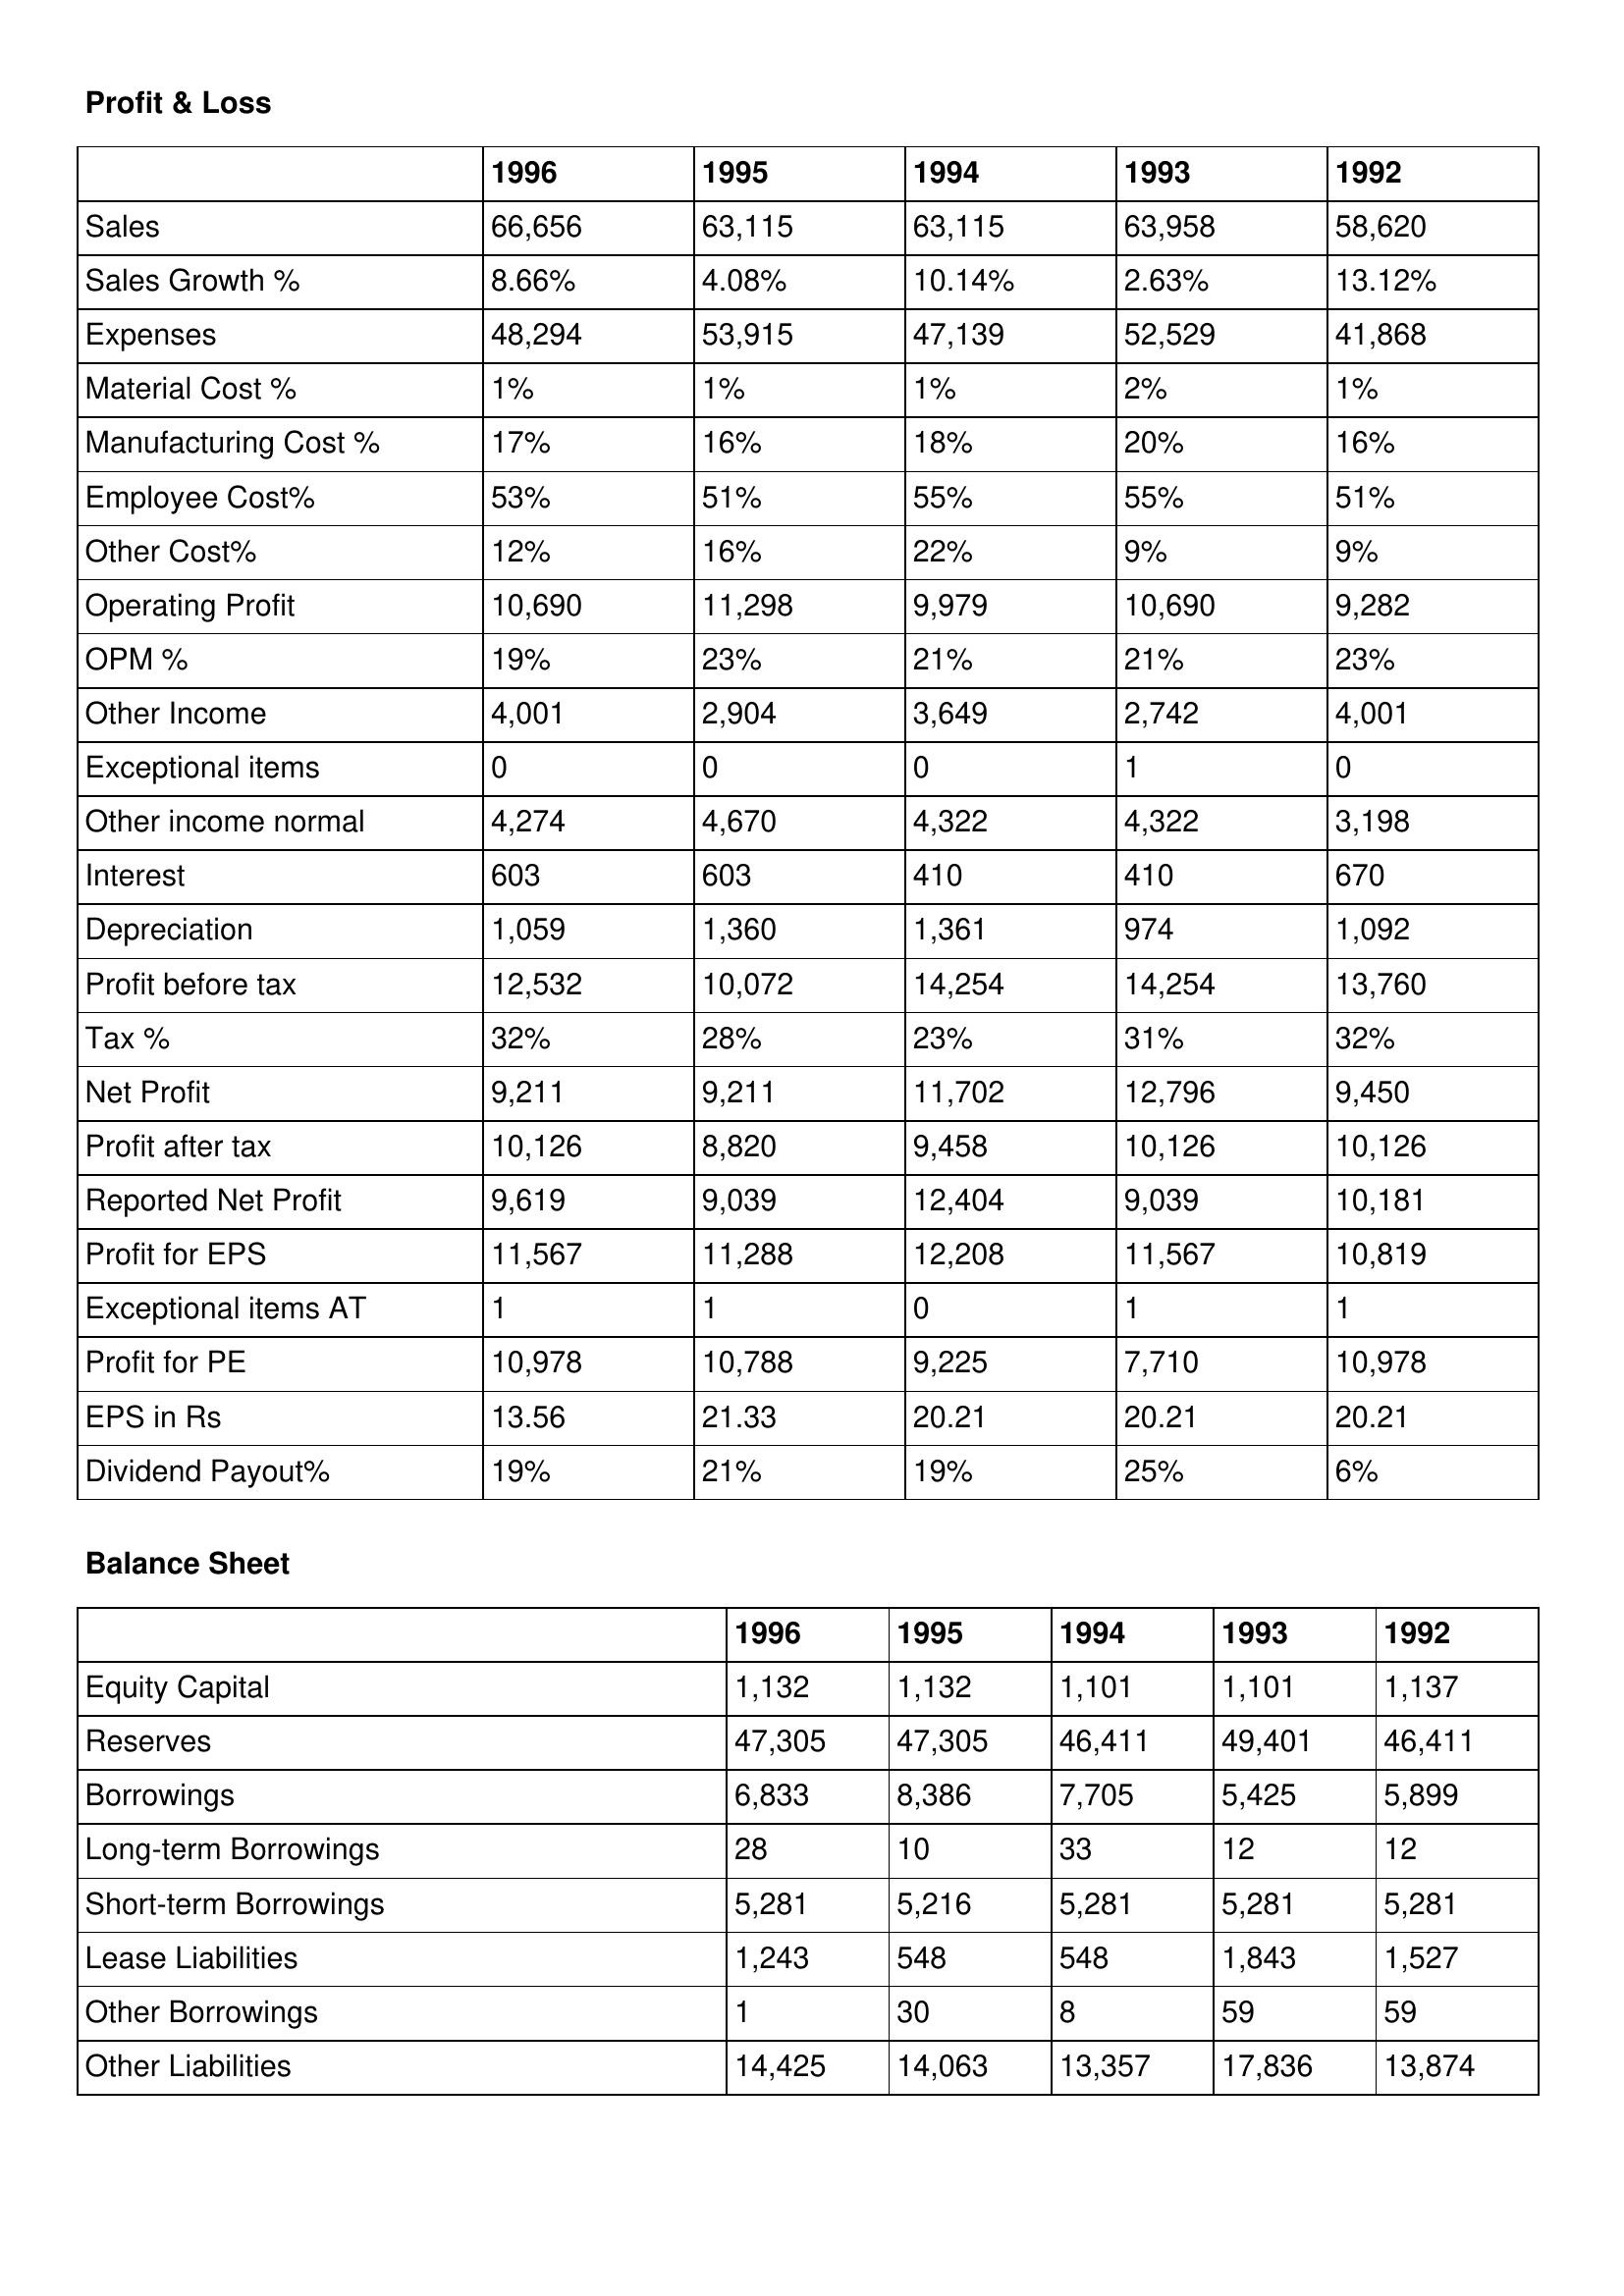
gt_parse: 1996: Profit & Loss: Sales: 66,656
Sales Growth %: 8.66%
Expenses: 48,294
Material Cost %: 1%
Manufacturing Cost %: 17%
Employee Cost%: 53%
Other Cost%: 12%
Operating Profit: 10,690
OPM %: 19%
Other Income: 4,001
Exceptional items: 0
Other income normal: 4,274
Interest: 603
Depreciation: 1,059
Profit before tax: 12,532
Tax %: 32%
Net Profit: 9,211
Profit after tax: 10,126
Reported Net Profit: 9,619
Profit for EPS: 11,567
Exceptional items AT: 1
Profit for PE: 10,978
EPS in Rs: 13.56
Dividend Payout%: 19%
Balance Sheet: Equity Capital: 1,132
Reserves: 47,305
Borrowings: 6,833
Long-term Borrowings: 28
Short-term Borrowings: 5,281
Lease Liabilities: 1,243
Other Borrowings: 1
Other Liabilities: 14,425
1995: Profit & Loss: Sales: 63,115
Sales Growth %: 4.08%
Expenses: 53,915
Material Cost %: 1%
Manufacturing Cost %: 16%
Employee Cost%: 51%
Other Cost%: 16%
Operating Profit: 11,298
OPM %: 23%
Other Income: 2,904
Exceptional items: 0
Other income normal: 4,670
Interest: 603
Depreciation: 1,360
Profit before tax: 10,072
Tax %: 28%
Net Profit: 9,211
Profit after tax: 8,820
Reported Net Profit: 9,039
Profit for EPS: 11,288
Exceptional items AT: 1
Profit for PE: 10,788
EPS in Rs: 21.33
Dividend Payout%: 21%
Balance Sheet: Equity Capital: 1,132
Reserves: 47,305
Borrowings: 8,386
Long-term Borrowings: 10
Short-term Borrowings: 5,216
Lease Liabilities: 548
Other Borrowings: 30
Other Liabilities: 14,063
1994: Profit & Loss: Sales: 63,115
Sales Growth %: 10.14%
Expenses: 47,139
Material Cost %: 1%
Manufacturing Cost %: 18%
Employee Cost%: 55%
Other Cost%: 22%
Operating Profit: 9,979
OPM %: 21%
Other Income: 3,649
Exceptional items: 0
Other income normal: 4,322
Interest: 410
Depreciation: 1,361
Profit before tax: 14,254
Tax %: 23%
Net Profit: 11,702
Profit after tax: 9,458
Reported Net Profit: 12,404
Profit for EPS: 12,208
Exceptional items AT: 0
Profit for PE: 9,225
EPS in Rs: 20.21
Dividend Payout%: 19%
Balance Sheet: Equity Capital: 1,101
Reserves: 46,411
Borrowings: 7,705
Long-term Borrowings: 33
Short-term Borrowings: 5,281
Lease Liabilities: 548
Other Borrowings: 8
Other Liabilities: 13,357
1993: Profit & Loss: Sales: 63,958
Sales Growth %: 2.63%
Expenses: 52,529
Material Cost %: 2%
Manufacturing Cost %: 20%
Employee Cost%: 55%
Other Cost%: 9%
Operating Profit: 10,690
OPM %: 21%
Other Income: 2,742
Exceptional items: 1
Other income normal: 4,322
Interest: 410
Depreciation: 974
Profit before tax: 14,254
Tax %: 31%
Net Profit: 12,796
Profit after tax: 10,126
Reported Net Profit: 9,039
Profit for EPS: 11,567
Exceptional items AT: 1
Profit for PE: 7,710
EPS in Rs: 20.21
Dividend Payout%: 25%
Balance Sheet: Equity Capital: 1,101
Reserves: 49,401
Borrowings: 5,425
Long-term Borrowings: 12
Short-term Borrowings: 5,281
Lease Liabilities: 1,843
Other Borrowings: 59
Other Liabilities: 17,836
1992: Profit & Loss: Sales: 58,620
Sales Growth %: 13.12%
Expenses: 41,868
Material Cost %: 1%
Manufacturing Cost %: 16%
Employee Cost%: 51%
Other Cost%: 9%
Operating Profit: 9,282
OPM %: 23%
Other Income: 4,001
Exceptional items: 0
Other income normal: 3,198
Interest: 670
Depreciation: 1,092
Profit before tax: 13,760
Tax %: 32%
Net Profit: 9,450
Profit after tax: 10,126
Reported Net Profit: 10,181
Profit for EPS: 10,819
Exceptional items AT: 1
Profit for PE: 10,978
EPS in Rs: 20.21
Dividend Payout%: 6%
Balance Sheet: Equity Capital: 1,137
Reserves: 46,411
Borrowings: 5,899
Long-term Borrowings: 12
Short-term Borrowings: 5,281
Lease Liabilities: 1,527
Other Borrowings: 59
Other Liabilities: 13,874